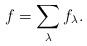
LaTeX: \begin{align*} f = \sum_\lambda f_\lambda .\end{align*}